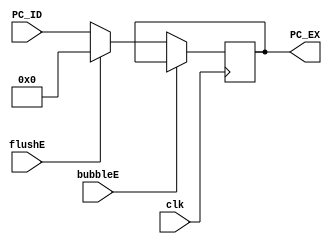
`timescale 1ns / 1ps
//////////////////////////////////////////////////////////////////////////////////
// Company: USTC ESLAB
// 
// Design Name: RV32I Core
// Module Name: PC EX Seg Reg
// Tool Versions: Vivado 2017.4.1
// Description: PC seg reg for ID\EX
// 
//////////////////////////////////////////////////////////////////////////////////


//  
    // ID\EXPC
// 
    // clk               
    // PC_ID             PC
    // bubbleE           EXbubble
    // flushE            EXflush
// 
    // PC_EX             PC
//   
    // 

module PC_EX(
    input wire clk, bubbleE, flushE,
    input wire [31:0] PC_ID,
    output reg [31:0] PC_EX
    );

    initial PC_EX = 0;
    
    always@(posedge clk)
        if (!bubbleE) 
        begin
            if (flushE)
                PC_EX <= 0;
            else 
                PC_EX <= PC_ID;
        end
    
endmodule